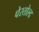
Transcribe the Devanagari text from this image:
पेरतोल्द